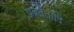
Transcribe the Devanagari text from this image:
प्रवर्तनादि